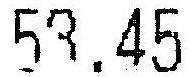
53.45